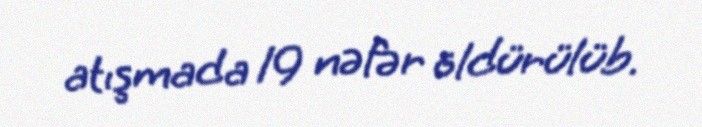
atışmada 19 nəfər öldürülüb.